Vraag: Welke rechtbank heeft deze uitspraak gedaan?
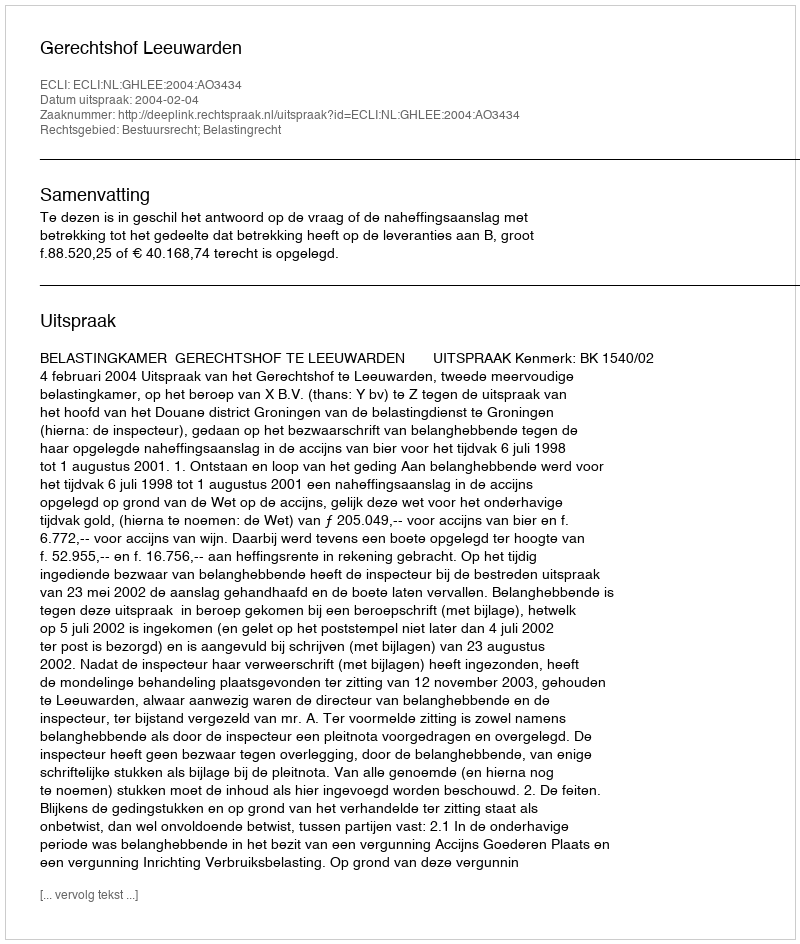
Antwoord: Gerechtshof Leeuwarden